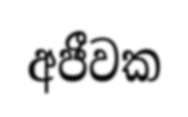
අජීවක